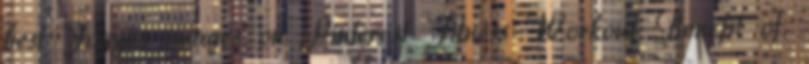
best Fogyás images on Pinterest Fitness Workout Benefit of.